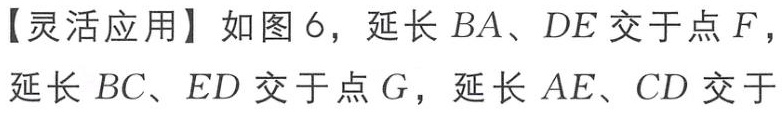
【灵活应用】如图 6，延长 \(BA、DE\) 交于点 \(F\)，延长 \(BC、ED\) 交于点 \(G\)，延长 \(AE、CD\) 交于